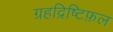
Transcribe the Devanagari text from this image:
ग्रहद्रिष्टिफ़ल